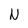
Character: N